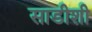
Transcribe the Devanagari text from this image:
साडीशी